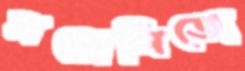
মন্তোলিভো